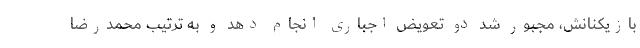
بازیکنانش، مجبور شد دو تعویض اجباری انجام دهد و به ترتیب محمدرضا